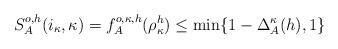
LaTeX: \begin{align*}S^{o,h}_A(i_{\kappa},\kappa)=f^{o,\kappa,h}_A(\rho^h_{\kappa}) \leq \min\{1-\Delta^{\kappa}_A(h),1\}\end{align*}